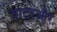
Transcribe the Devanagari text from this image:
वाटरऔर